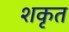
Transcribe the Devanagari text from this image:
शकृत